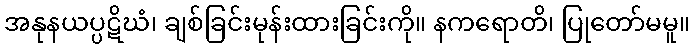
အနုနယပ္ပဋိဃံ၊ ချစ်ခြင်းမုန်းထားခြင်းကို။ နကရောတိ၊ ပြုတော်မမူ။